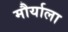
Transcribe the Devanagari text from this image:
मौर्याला